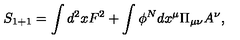
S _ { 1 + 1 } = \int d ^ { 2 } x F ^ { 2 } + \int \phi ^ { N } d x ^ { \mu } \Pi _ { \mu \nu } A ^ { \nu } ,